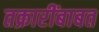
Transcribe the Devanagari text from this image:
तक्रारींबाबत